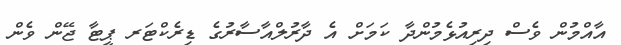
އާއްމުން ވެސް ދިރިއުޅެމުންދާ ކަމަށް އެ ދާރުލްއާސާރުގެ ޑިރެކްޓަރ ޕީޓާ ޖޭން ވެން